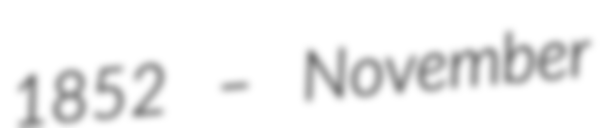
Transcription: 1852 – November